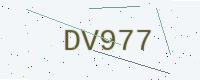
Text: DV977